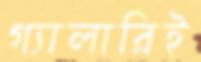
গ্যালারিই